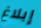
إبلاغ